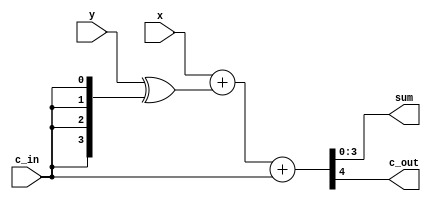
module twos_adder(x, y, c_in, sum, c_out);
	parameter N=4;
	input    [N-1:0] x, y;
	input    c_in;
	output   [N-1:0] sum;
	output   c_out;
	wire     [N-1:0] t;

	assign t = y ^ {N{c_in}};
	assign {c_out, sum} = x + t + c_in;
endmodule